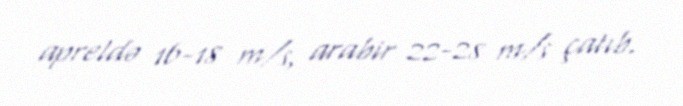
apreldə 16-18 m/s, arabir 22-28 m/s çatıb.